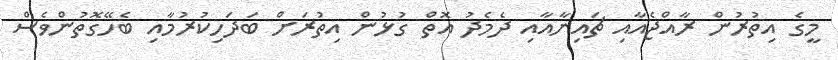
މީގެ އިތުރުން ރާއްޖެއާއި ޗައިނާއާއި ދެމެދު އޮތް ގުޅުން އިތުރަށް ބަދަހިކުރުމާއި ބެހޭގޮތުންވެސް